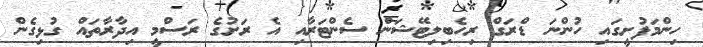
ހިންމަފުށީގައި ހުންނަ ޑްރަގް ރިހެބިލިޓޭޝަން ސެންޓަރާއި އެ ރަށުގެ ރަސްމީ އިދާރާތައް ގުޅިގެން